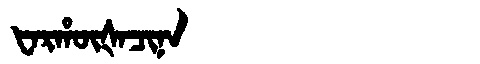
Manchu: ᡶᠠᡵᡥᡡᡧᠠᠴᡳᠨᠠ
Romanization: FARHŪŠACINA